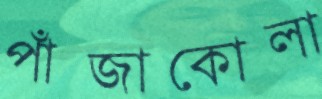
পাঁজাকোলা